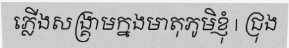
ភ្លើងសង្គ្រាមក្នងមាតុភូមិខ្ញុំ | ជ្រុង